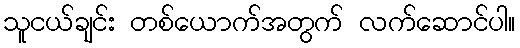
သူငယ်ချင်း တစ်ယောက်အတွက် လက်ဆောင်ပါ။